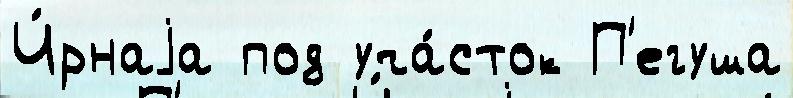
Ч́рнаjа под уча́сток П'егуша